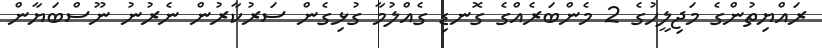
ރައްޔިތުންގެ މަޖިލީހުގެ 2 މެންބަރެއްގެ ގޮނޑި ގެއްލުމާ ގުޅިގެން ސަރުކާރުން ނެރުނު ނޫސްބަޔާން